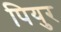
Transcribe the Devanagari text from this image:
पियुर